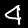
Label: 4